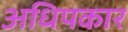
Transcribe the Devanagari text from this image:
अधिपकार